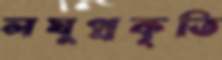
লঘুপ্রকৃতি